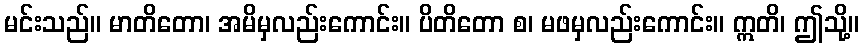
မင်းသည်။ မာတိတော၊ အမိမှလည်းကောင်း။ ပိတိတော စ၊ မဖမှလည်းကောင်း။ ဣတိ၊ ဤသို့။